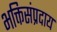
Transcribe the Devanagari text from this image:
भक्तिसंप्रदाय